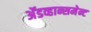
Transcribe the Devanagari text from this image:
अॅडव्हान्समेन्ट